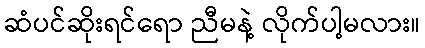
ဆံပင်ဆိုးရင်ရော ညီမနဲ့ လိုက်ပါ့မလား။